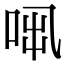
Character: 𠱨